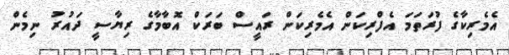
އެމެރިކާގެ ފުރަތަމަ އެފްރިކަން އެމެރިކަން ރައީސް ބަރަކް އޮބާމާގެ ރިޔާސީ ދައުރު ނިމެން